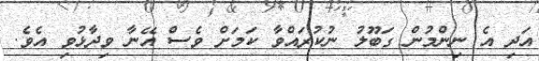
އަދި އެ ނިންމުން ގަބޫލު ނުކުރައްވާ ކަމަށް ވެސް އޭނާ ވިދާޅުވި އެވެ.